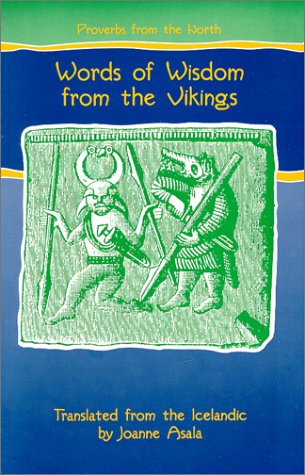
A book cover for Proverbs from the North: Words of Wisdom from the Vikings (Proverb Series); Joanne Asala; Biographies & Memoirs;